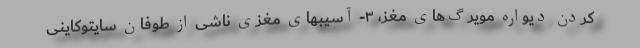
کردن دیواره مویرگ‌های مغز، ۳- آسیبهای مغزی ناشی از طوفان سایتوکاینی